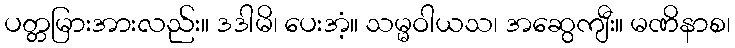
ပတ္တမြားအားလည်း။ ဒဒါမိ၊ ပေးအံ့။ သမ္မဝါယသ၊ အဆွေကျီး။ မဏိနာစ၊